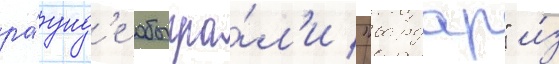
ра́унд'е обыгра́л'и "вардар" и́з